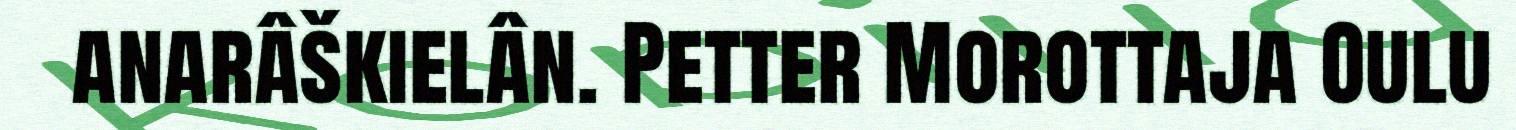
anarâškielân. Petter Morottaja Oulu